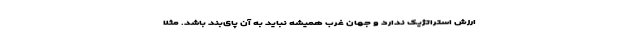
ارزش استراتژیک ندارد و جهان غرب همیشه نباید به آن پای‌بند باشد. مثلا